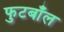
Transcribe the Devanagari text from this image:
फुटबाँल